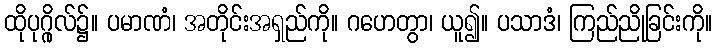
ထိုပုဂ္ဂိုလ်၌။ ပမာဏံ၊ အတိုင်းအရှည်ကို။ ဂဟေတွာ၊ ယူ၍။ ပသာဒံ၊ ကြည်ညိုခြင်းကို။